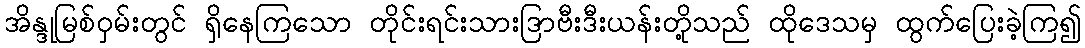
အိန္ဒုမြစ်ဝှမ်းတွင် ရှိနေကြသော တိုင်းရင်းသားဒြာဗီးဒီးယန်းတို့သည် ထိုဒေသမှ ထွက်ပြေးခဲ့ကြ၍